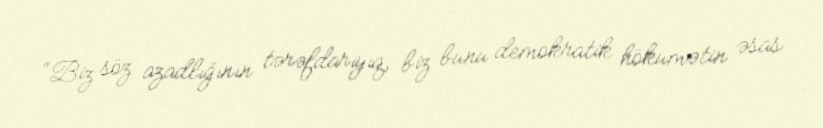
“Biz söz azadlığının tərəfdarıyıq, biz bunu demokratik hökumətin əsas